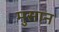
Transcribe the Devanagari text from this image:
मुसान